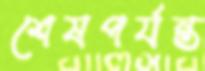
শেষপর্যন্ত